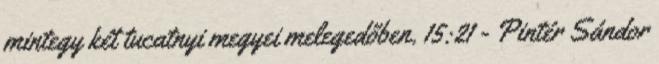
mintegy két tucatnyi megyei melegedőben. 15:21 - Pintér Sándor